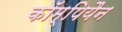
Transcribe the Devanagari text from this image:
कॉम्पियैन